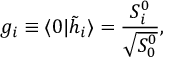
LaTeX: g _ { i } \equiv \langle 0 \vert { \tilde { h } } _ { i } \rangle = { \frac { S _ { i } ^ { 0 } } { \sqrt { S _ { 0 } ^ { 0 } } } } ,